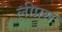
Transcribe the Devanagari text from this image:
लीप्रस